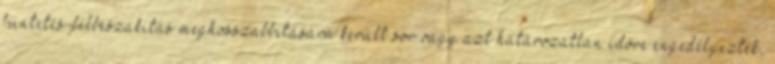
büntetés-félbeszakítás meghosszabbítására került sor vagy azt határozatlan időre engedélyezték,